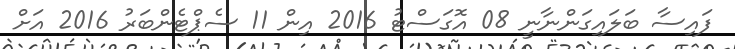
ފައިސާ ބަލައިގަންނާނީ 08 އޮގަސްޓު 2016 އިން 11 ސެޕްޓެންބަރު 2016 އަށް